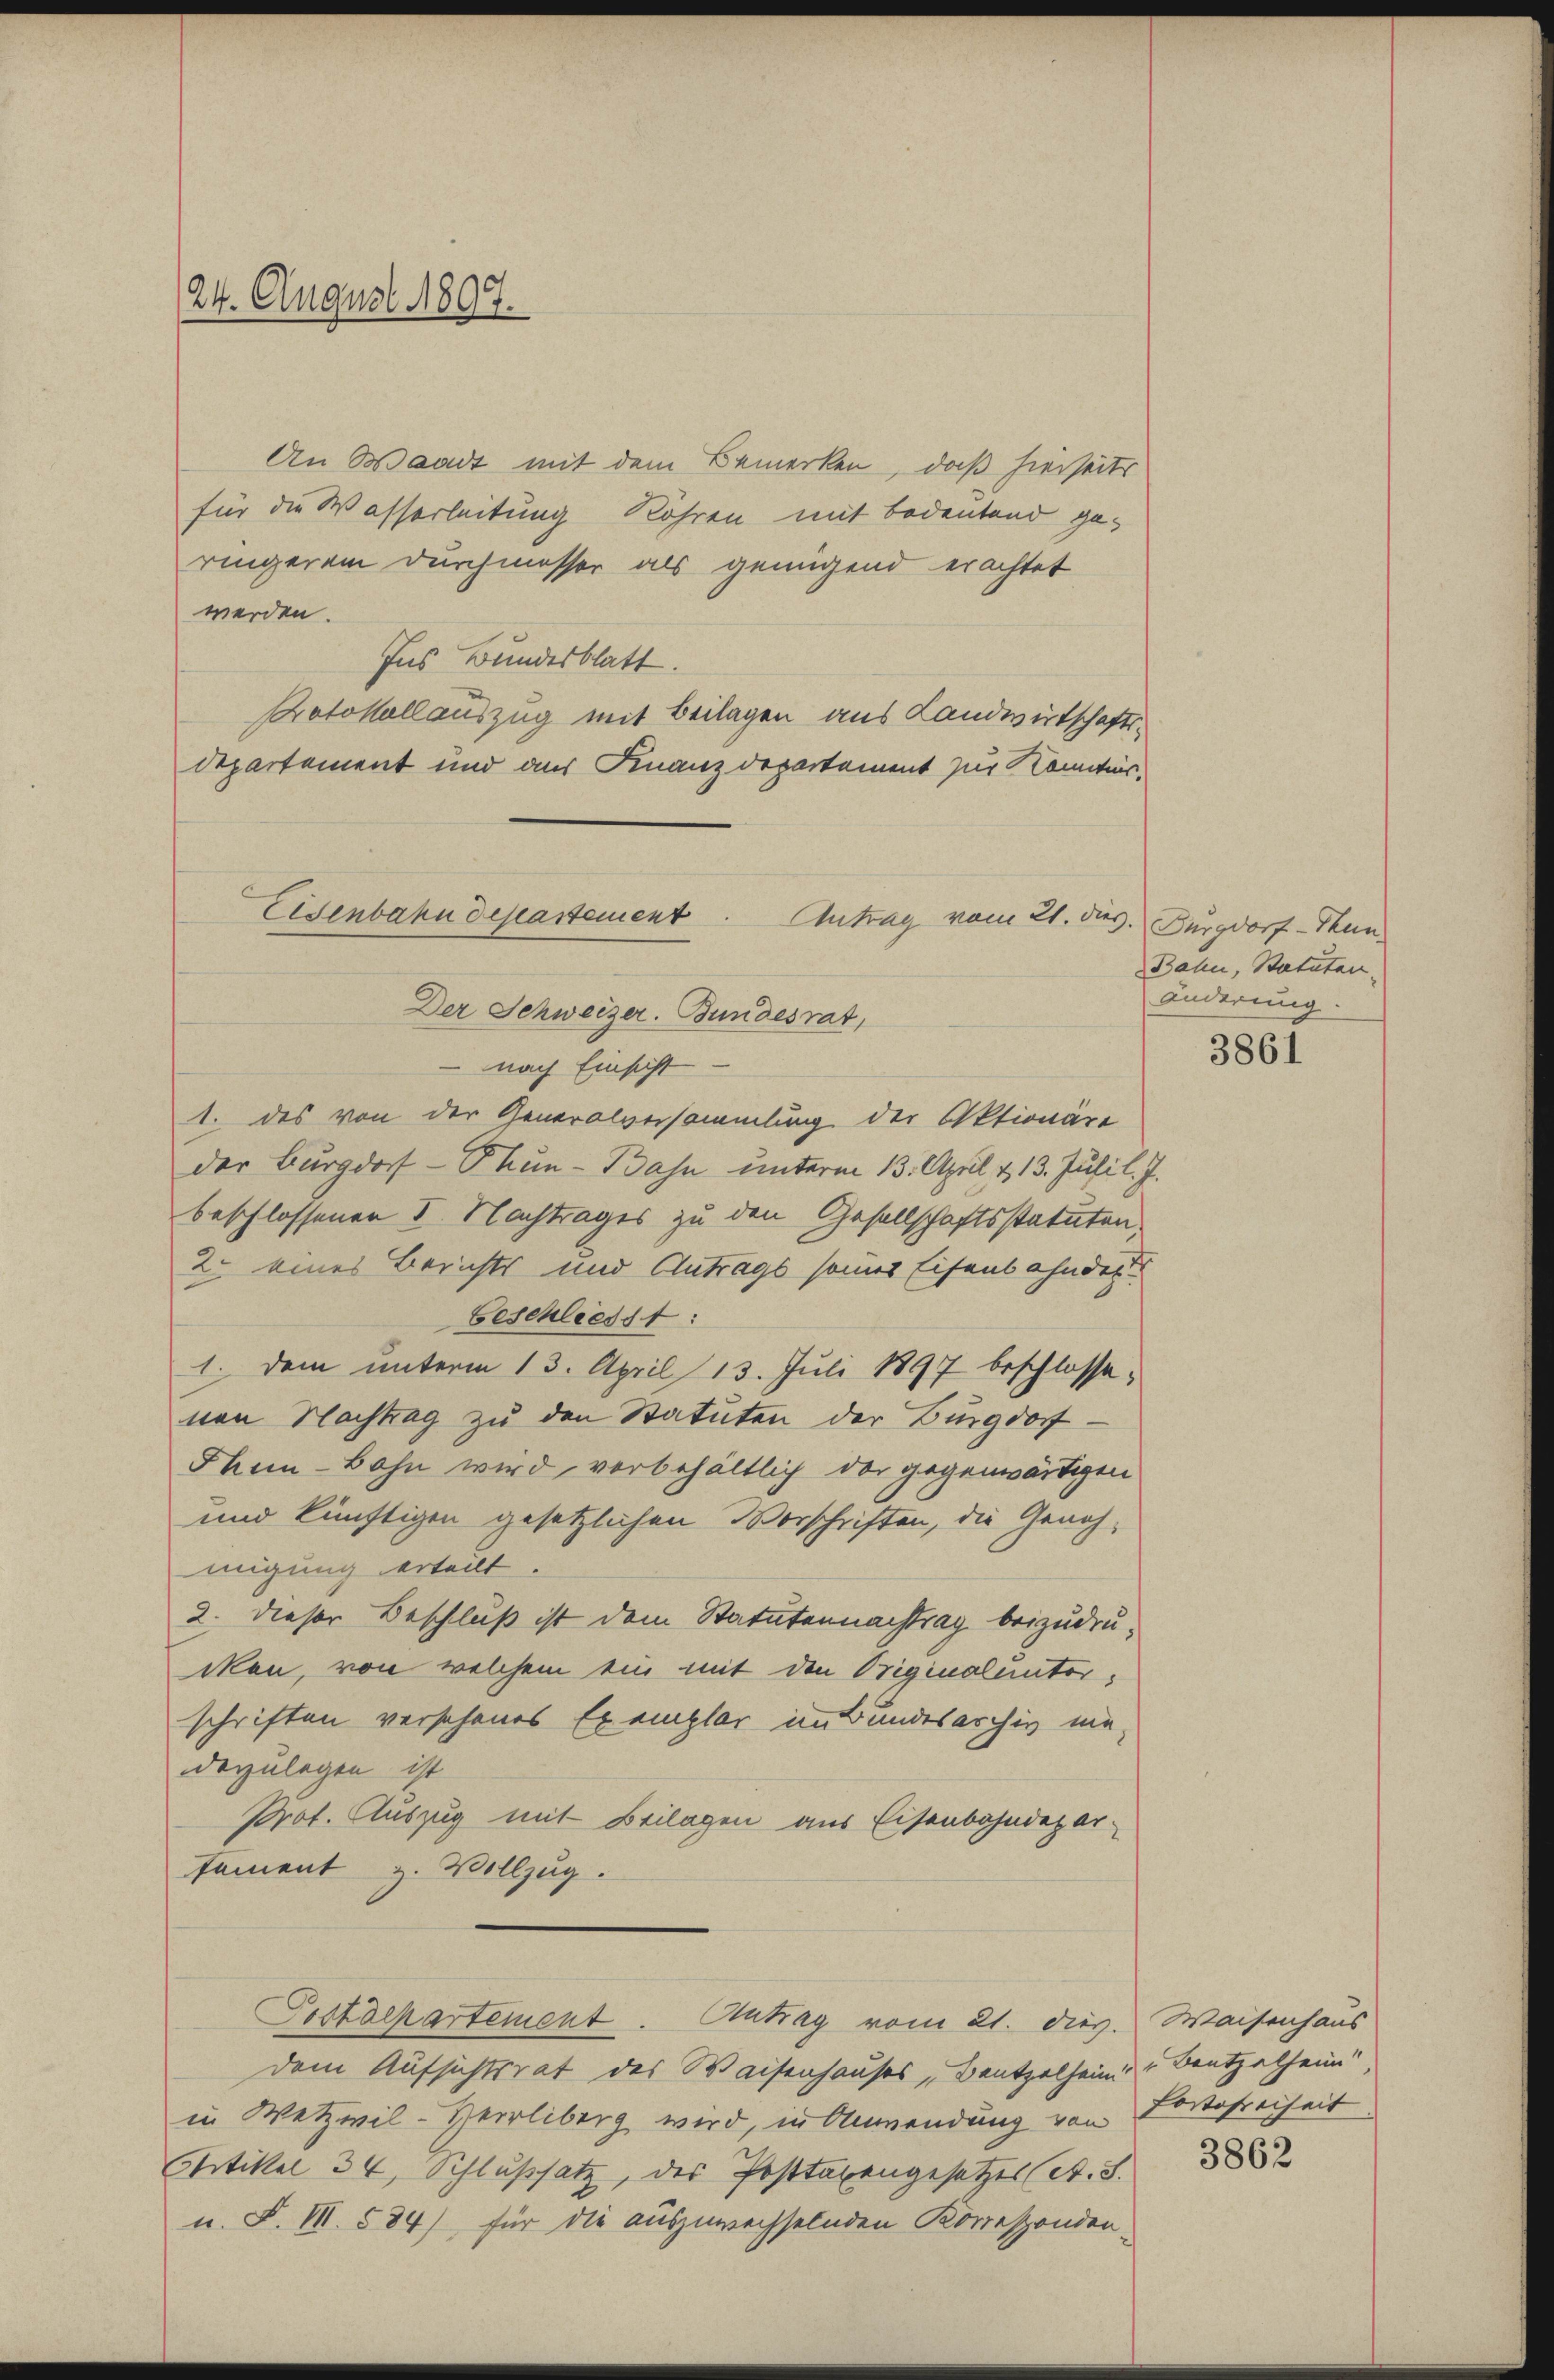
24. August 1897.

An Waadt mit dem Bemerken, daß hierseits
für die Wasserleitung Röhren mit Bodentend geringerem Durchmesser als genügend erachtet
werden.
Ins Bundesblatt.
Protokollauszug mit Beilagen aus Landwirtschafts¬
Departement und aus Finanzdepartement zur Kenntnis¬

Eisenbahndepartement. Antrag vom 21. dies. Burgdorf - Thun.
Der Schweizer. Bundesrat,
 nach Einsicht

1. des von der Generalversammlung der Aktionäre
der Burgdorf - Thun - Bahn unterm 13. April v. 13. Juli l. J.
beschlossenen I. Nachtrages zu den Gesellschaftsstatuten,
2. eines Berichts und Antrags seines Eisens ahnder
Geschliesst:
1. Dem unterm 13. April 13. Juli 1897 beschlossenen Nachtrag zu den Statuten der Burgdorf-
Thum-Bahn wird vorbehältlich der gegenwärtigen
und künftigen gesetzlichen Vorschriften, die Genehmigung erteilt.
2. dieser Beschluß ist dem Statutennachtrag beizudruikan, von welchem ein mit den Originalunterschriften verschenes Exemplar im Bundesarchiv niedarzulegen ist
Prot. Auszug mit Beilagen aus Eisenbahndepar-
tament z. Vollzug.
Tostöckartement. Antrag vom 21. dies. Waisenhaus
dem Aufsichtsrat des Waisenhauses, Bentzelheim Bentzelheim!
in Wetzwil-Herrliberg wird, in Anwendung von Loosreiheit
Critikel 34, Schlußsatz, des Posttaxengesetzes (St. S.
u. F. VII. 584), für die auszuwechselnden Korresponden-

Bahn, Statuten.
Änderung.

3861

3862